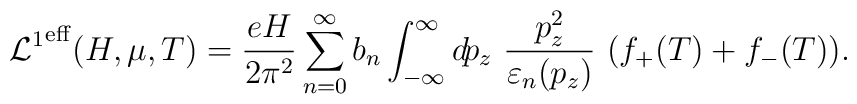
{{\cal L}^1}^{\rm eff}(H,\mu,T)=        \frac{eH}{2\pi^2} \sum_{n=0}^\infty        b_n \int_{-\infty}^\infty d\! p_{z}{}~\frac{p_{z}^2}{\varepsilon_n(p_{z})}        ~(f_+(T) + f_-(T)).